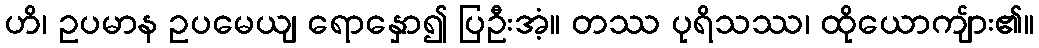
ဟိ၊ ဥပမာန ဥပမေယျ ရောနှော၍ ပြဦးအံ့။ တဿ ပုရိသဿ၊ ထိုယောကျ်ား၏။